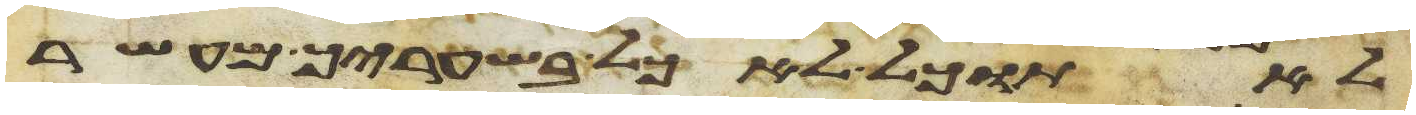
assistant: לא תוכל לאכל בשעריך מעשר